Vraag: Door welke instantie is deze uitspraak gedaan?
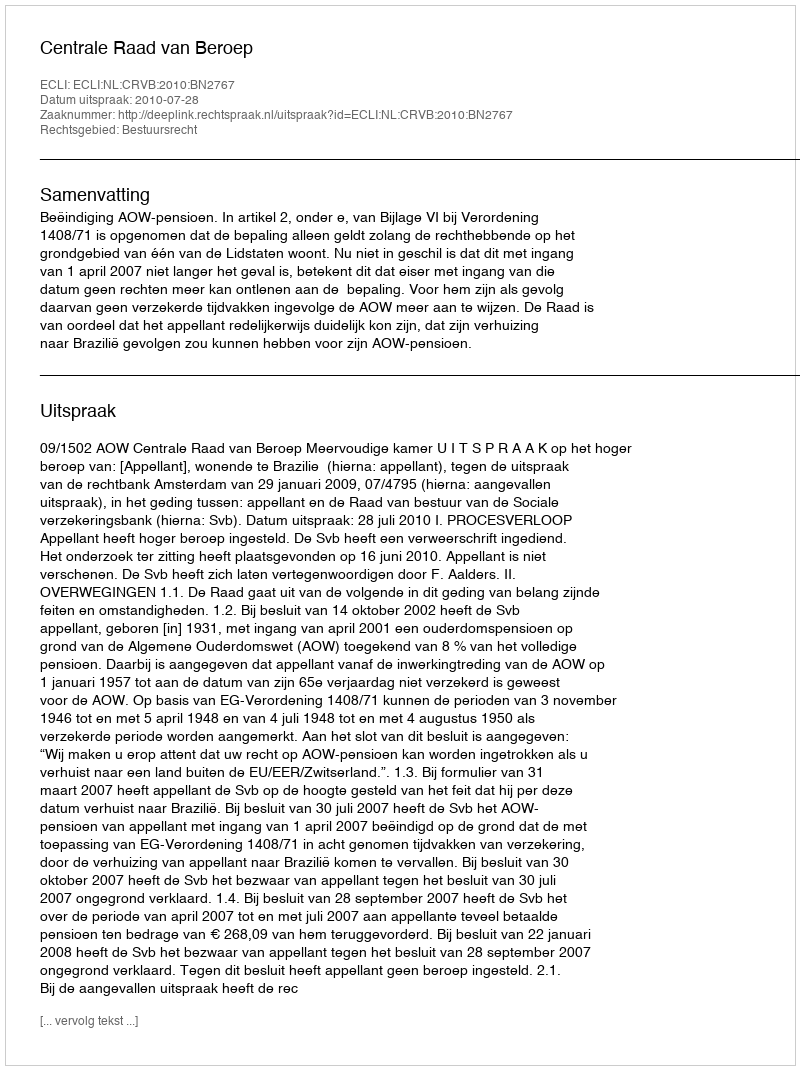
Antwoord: Centrale Raad van Beroep